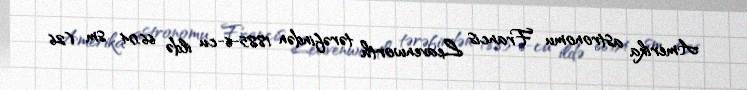
Amerika astronomu Francis Leavenworth tərəfindən 1885-6-cu ildə 66.04 sm (26